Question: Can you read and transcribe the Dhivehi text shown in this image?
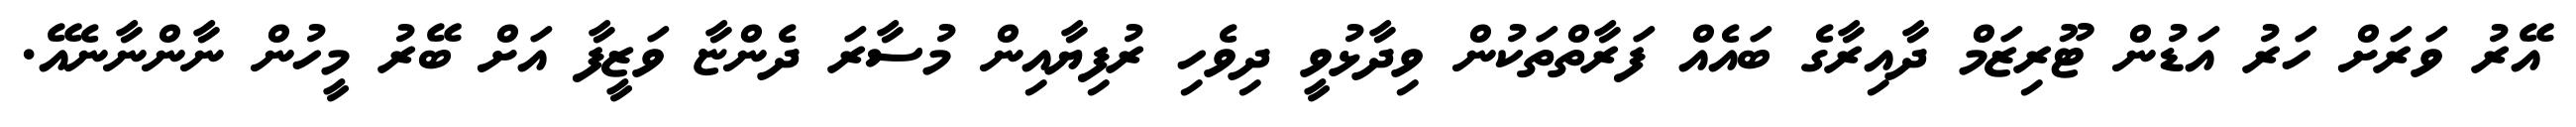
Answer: އޭރު ވަރަށް ހަރު އަޑުން ޓޫރިޒަމް ދާއިރާގެ ބައެއް ފަރާތްތަކުން ވިދާޅުވީ ދިވެހި ރުފިޔާއިން މުސާރަ ދެންޏާ ވަޒީފާ އަށް ބޭރު މީހުން ނާންނާނެއޭ.